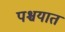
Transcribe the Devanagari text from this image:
पश्चयात